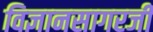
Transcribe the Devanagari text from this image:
विज्ञानसागरजी